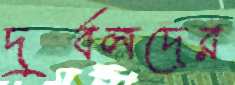
দুর্বলদের